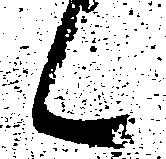
候